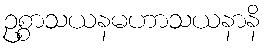
ဥစ္စာသယနမဟာသယနာနိ